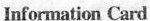
InformationCard